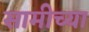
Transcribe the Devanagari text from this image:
सामीच्या